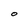
Character: O